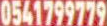
0541799779